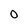
Character: 0